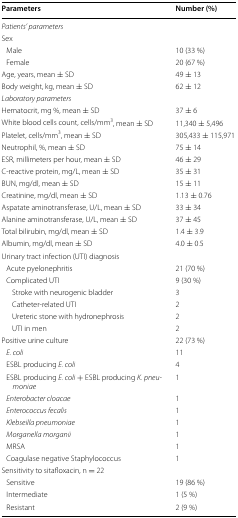
<table><thead><tr><td><b>Parameters</b></td><td><b>Number (%)</b></td></tr></thead><tbody><tr><td colspan="2"><i>Patients’ parameters</i></td></tr><tr><td>Sex</td><td></td></tr><tr><td> Male</td><td>10 (33 %)</td></tr><tr><td> Female</td><td>20 (67 %)</td></tr><tr><td>Age, years, mean ± SD</td><td>49 ± 13</td></tr><tr><td>Body weight, kg, mean ± SD</td><td>62 ± 12</td></tr><tr><td colspan="2"><i>Laboratory parameters</i></td></tr><tr><td>Hematocrit, mg %, mean ± SD</td><td>37 ± 6</td></tr><tr><td>White blood cells count, cells/mm<sup>3</sup>, mean ± SD</td><td>11,340 ± 5,496</td></tr><tr><td>Platelet, cells/mm<sup>3</sup>, mean ± SD</td><td>305,433 ± 115,971</td></tr><tr><td>Neutrophil, %, mean ± SD</td><td>75 ± 14</td></tr><tr><td>ESR, millimeters per hour, mean ± SD</td><td>46 ± 29</td></tr><tr><td>C-reactive protein, mg/L, mean ± SD</td><td>35 ± 31</td></tr><tr><td>BUN, mg/dl, mean ± SD</td><td>15 ± 11</td></tr><tr><td>Creatinine, mg/dl, mean ± SD</td><td>1.13 ± 0.76</td></tr><tr><td>Aspatate aminotransferase, U/L, mean ± SD</td><td>33 ± 34</td></tr><tr><td>Alanine aminotransferase, U/L, mean ± SD</td><td>37 ± 45</td></tr><tr><td>Total bilirubin, mg/dl, mean ± SD</td><td>1.4 ± 3.9</td></tr><tr><td>Albumin, mg/dl, mean ± SD</td><td>4.0 ± 0.5</td></tr><tr><td colspan="2">Urinary tract infection (UTI) diagnosis</td></tr><tr><td> Acute pyelonephritis</td><td>21 (70 %)</td></tr><tr><td> Complicated UTI</td><td>9 (30 %)</td></tr><tr><td>Stroke with neurogenic bladder</td><td>3</td></tr><tr><td>Catheter-related UTI</td><td>2</td></tr><tr><td>Ureteric stone with hydronephrosis</td><td>2</td></tr><tr><td>UTI in men</td><td>2</td></tr><tr><td>Positive urine culture</td><td>22 (73 %)</td></tr><tr><td> <i>E. coli</i></td><td>11</td></tr><tr><td> ESBL producing <i>E. coli</i></td><td>4</td></tr><tr><td> ESBL producing <i>E. coli</i> + ESBL producing <i>K. pneumoniae</i></td><td>1</td></tr><tr><td> <i>Enterobacter cloacae</i></td><td>1</td></tr><tr><td> <i>Enterococcus fecalis</i></td><td>1</td></tr><tr><td> <i>Klebseilla pneumoniae</i></td><td>1</td></tr><tr><td> <i>Morganella morganii</i></td><td>1</td></tr><tr><td> MRSA</td><td>1</td></tr><tr><td> Coagulase negative Staphylococcus</td><td>1</td></tr><tr><td>Sensitivity to sitafloxacin, n = 22</td><td></td></tr><tr><td> Sensitive</td><td>19 (86 %)</td></tr><tr><td> Intermediate</td><td>1 (5 %)</td></tr><tr><td> Resistant</td><td>2 (9 %)</td></tr></tbody></table>